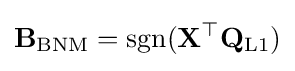
{\begin{aligned}\mathbf {B} _{\text{BNM}}={\text{sgn}}(\mathbf {X} ^{\top }\mathbf {Q} _{\text{L1}})\end{aligned}}